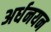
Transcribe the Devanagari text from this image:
अर्धनयन